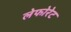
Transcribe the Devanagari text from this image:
लेफोरेट